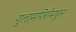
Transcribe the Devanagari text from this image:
गुलामगिरीमधून